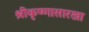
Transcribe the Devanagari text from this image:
श्रीकृष्णासारखा